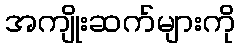
အကျိုးဆက်များကို